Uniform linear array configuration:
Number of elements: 4
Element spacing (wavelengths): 0.25
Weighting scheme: binomial
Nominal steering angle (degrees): -45
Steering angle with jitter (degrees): -44.891
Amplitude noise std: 0.05
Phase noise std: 0.05

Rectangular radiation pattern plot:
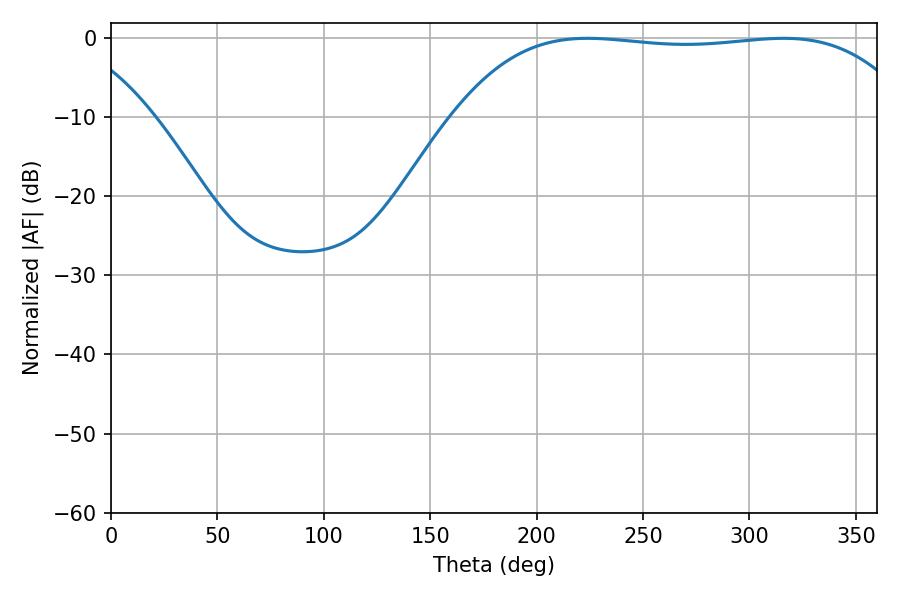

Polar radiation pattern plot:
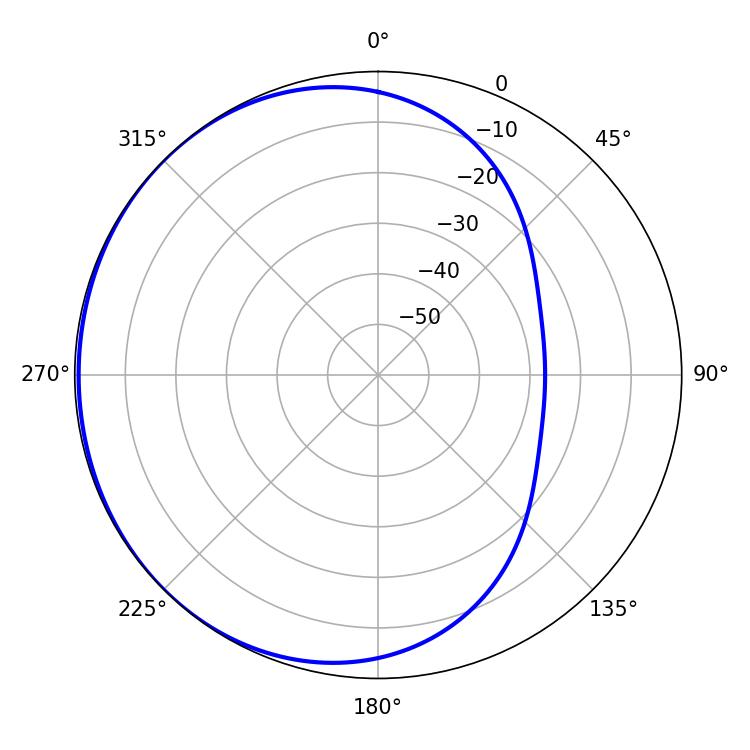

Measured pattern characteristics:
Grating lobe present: FALSE
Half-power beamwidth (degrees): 169.2
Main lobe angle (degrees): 223.92